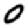
Digit: 0